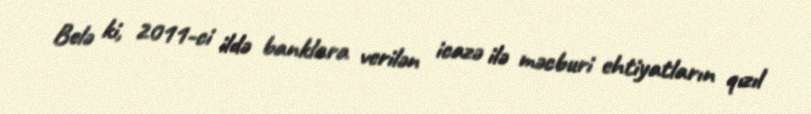
Belə ki, 2011-ci ildə banklara verilən icazə ilə məcburi ehtiyatların qızıl